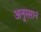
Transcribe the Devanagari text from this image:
अनुस्सानं